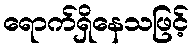
ရောက်ရှိနေသဖြင့်